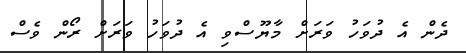
ދެން އެ ދުވަހު ވަރަށް މާޔޫސްވި އެ ދުވަހު ވަރަށް ރޯން ވެސް